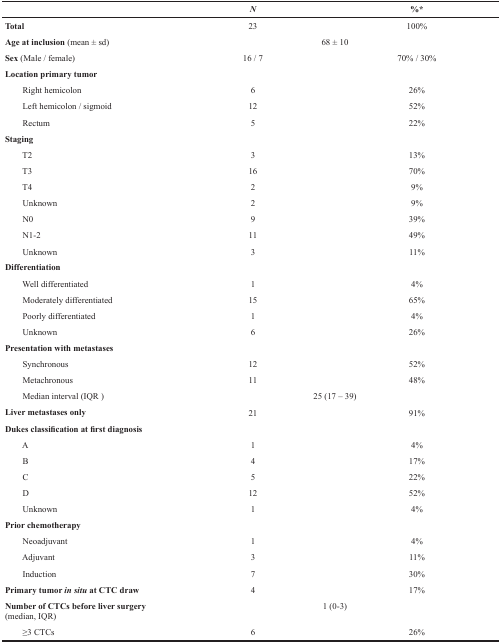
<table><thead><tr><td></td><td><b><i>N</i></b></td><td><b>%<sup>*</sup></b></td></tr></thead><tbody><tr><td><b>Total</b></td><td>23</td><td>100%</td></tr><tr><td><b>Age at inclusion</b> (mean ± sd)</td><td colspan="2">68 ± 10</td></tr><tr><td><b>Sex</b> (Male / female)</td><td>16 / 7</td><td>70% / 30%</td></tr><tr><td><b>Location primary tumor</b></td><td></td><td></td></tr><tr><td>Right hemicolon</td><td>6</td><td>26%</td></tr><tr><td>Left hemicolon / sigmoid</td><td>12</td><td>52%</td></tr><tr><td>Rectum</td><td>5</td><td>22%</td></tr><tr><td><b>Staging</b></td><td></td><td></td></tr><tr><td>T2</td><td>3</td><td>13%</td></tr><tr><td>T3</td><td>16</td><td>70%</td></tr><tr><td>T4</td><td>2</td><td>9%</td></tr><tr><td>Unknown</td><td>2</td><td>9%</td></tr><tr><td>N0</td><td>9</td><td>39%</td></tr><tr><td>N1-2</td><td>11</td><td>49%</td></tr><tr><td>Unknown</td><td>3</td><td>11%</td></tr><tr><td><b>Differentiation</b></td><td></td><td></td></tr><tr><td>Well differentiated</td><td>1</td><td>4%</td></tr><tr><td>Moderately differentiated</td><td>15</td><td>65%</td></tr><tr><td>Poorly differentiated</td><td>1</td><td>4%</td></tr><tr><td>Unknown</td><td>6</td><td>26%</td></tr><tr><td><b>Presentation with metastases</b></td><td></td><td></td></tr><tr><td>Synchronous</td><td>12</td><td>52%</td></tr><tr><td>Metachronous</td><td>11</td><td>48%</td></tr><tr><td>Median interval (IQR)</td><td colspan="2">25 (17 – 39)</td></tr><tr><td><b>Liver metastases only</b></td><td>21</td><td>91%</td></tr><tr><td><b>Dukes classification at first diagnosis</b></td><td></td><td></td></tr><tr><td>A</td><td>1</td><td>4%</td></tr><tr><td>B</td><td>4</td><td>17%</td></tr><tr><td>C</td><td>5</td><td>22%</td></tr><tr><td>D</td><td>12</td><td>52%</td></tr><tr><td>Unknown</td><td>1</td><td>4%</td></tr><tr><td><b>Prior chemotherapy</b></td><td></td><td></td></tr><tr><td>Neoadjuvant</td><td>1</td><td>4%</td></tr><tr><td>Adjuvant</td><td>3</td><td>11%</td></tr><tr><td>Induction</td><td>7</td><td>30%</td></tr><tr><td><b>Primary tumor <i>in situ</i> at CTC draw</b></td><td>4</td><td>17%</td></tr><tr><td><b>Number of CTCs before liver surgery</b> (median, IQR)</td><td colspan="2">1 (0-3)</td></tr><tr><td>≥3 CTCs</td><td>6</td><td>26%</td></tr></tbody></table>